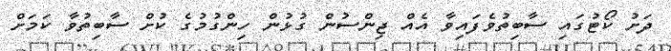
ދަށު ކޯޓުގައި ސާބިތުވެފައިވާ އެއް ޖިންސުން ގުޅުން ހިންގުމުގެ ކުށް ސާބިތުވާ ކަމަށް